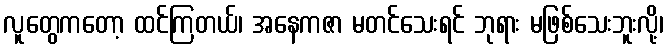
လူတွေကတော့ ထင်ကြတယ်၊ အနေကဇာ မတင်သေးရင် ဘုရား မဖြစ်သေးဘူးလို့၊